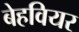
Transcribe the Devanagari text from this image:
बेहवियर